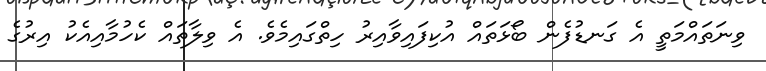
ވިނަތައްމަތީ އެ ގަނޑުފެން ބޯޅަތައް އުކިފައިވާއިރު ހިތްގައިމެވެ. އެ ވިލާތައް ކެހުމާއިއެކު އިރުގެ